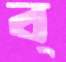
ব্